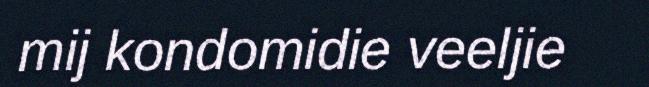
mij kondomidie veeljie